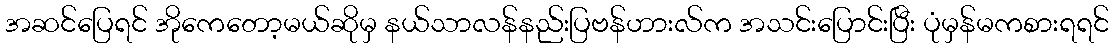
အဆင်ပြေရင် အိုကေတော့မယ်ဆိုမှ နယ်သာလန်နည်းပြဗန်ဟားလ်က အသင်းပြောင်းပြီး ပုံမှန်မကစားရရင်